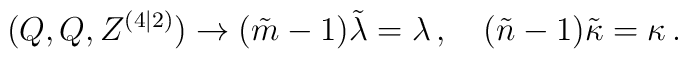
(Q,Q,Z^{(4|2)}) \rightarrow (\tilde{m}-1) \tilde\lambda = \lambda\,,\quad                            (\tilde{n}-1) \tilde\kappa  = \kappa\, .